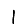
Digit: 1